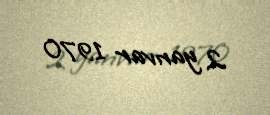
2 yanvar 1970